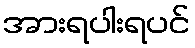
အားရပါးရပင်